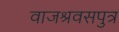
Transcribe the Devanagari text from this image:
वाजश्रवसपुत्र